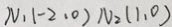
N _ { 1 } ( - 2 . 0 ) N _ { 2 } ( 1 , 0 )